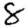
Digit: 8